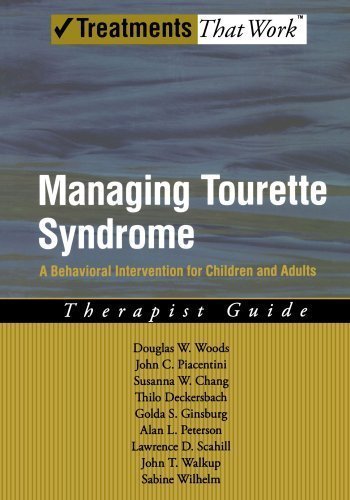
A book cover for Managing Tourette Syndrome: A Behavioral Intervention for Children and Adults Therapist Guide (Treatments That Work) 1st (first) Edition by Woods, Douglas W., Piacentini, John, Chang, Susanna, Deckers published by Oxford University Press, USA (2008); Health, Fitness & Dieting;